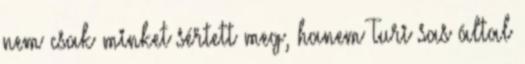
nem csak minket sértett meg, hanem Turi sas által